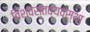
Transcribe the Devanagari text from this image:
विश्वस्तव्यवस्था